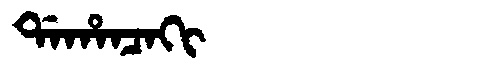
Manchu: ᡩᠠᡥᠠᠨᠴᠠᡴᡳ
Romanization: DAHANCAKI